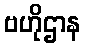
ဗဟိုဌာန